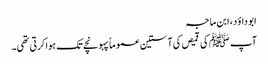
ابو داؤد، ابن ماجہ
آپ ﷺ کی قمیص کی آستین عموماً پہونچے تک ہوا کرتی تھی۔